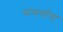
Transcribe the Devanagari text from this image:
यासर्वांचा